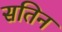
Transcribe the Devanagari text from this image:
सतिन